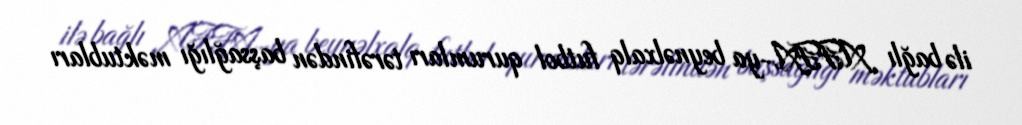
ilə bağlı AFFA-ya beynəlxalq futbol qurumları tərəfindən başsağlığı məktubları